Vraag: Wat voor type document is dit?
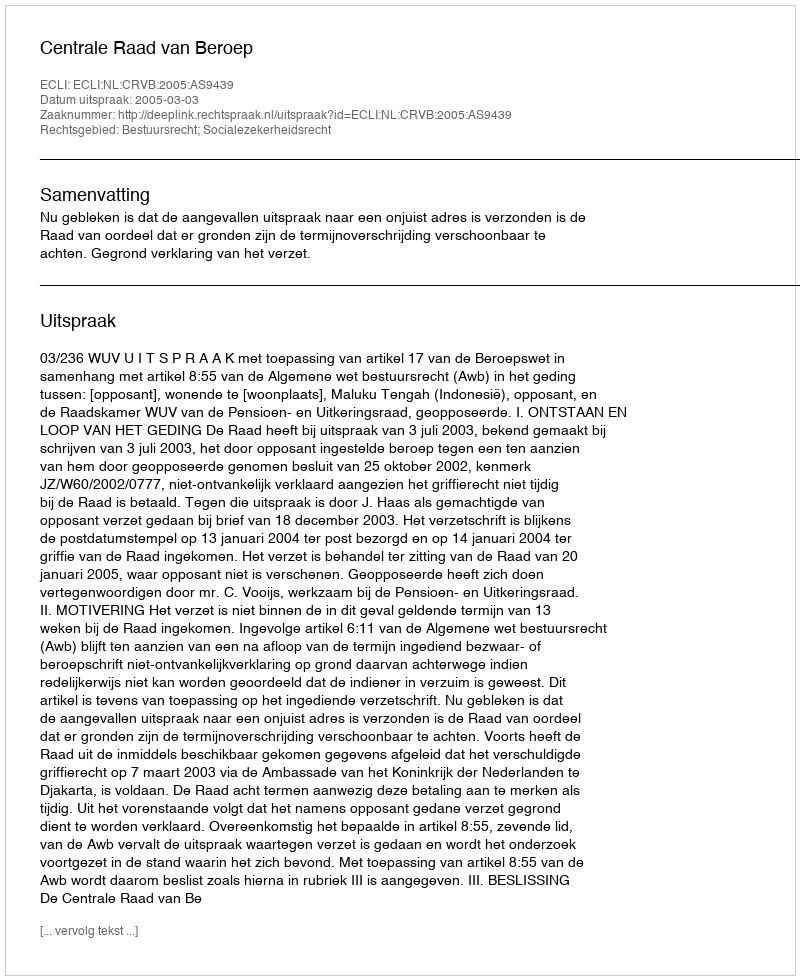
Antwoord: Uitspraak